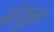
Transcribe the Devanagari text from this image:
संयुक्त़